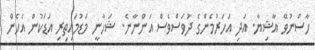
ހާސްނުވޭ އާޝިޔާ. އަދި އަހަރުމެންގެ ދުވަސްވެސް އަންނާނެ. ޝަހާނީ މަޑުމައިތިރި އަޑަކުން އެހެން